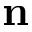
{ \bf n }